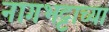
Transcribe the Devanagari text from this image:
नागभट्टाच्या